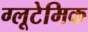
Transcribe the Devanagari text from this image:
ग्लूटेमिक